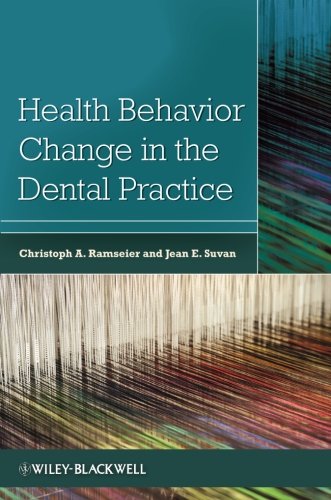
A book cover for Health Behavior Change in the Dental Practice; Medical Books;